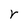
Character: r